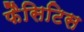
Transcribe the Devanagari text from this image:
फैसिटिस